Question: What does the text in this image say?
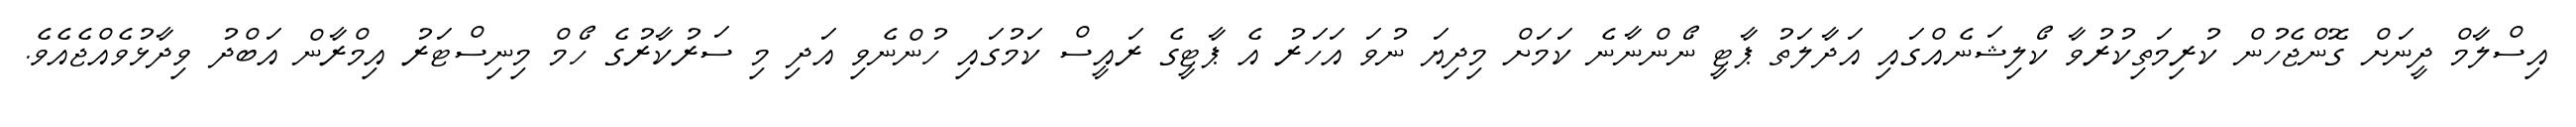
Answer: އިސްލާމް ދީނަށް ގޮންޖެހުން ކުރިމަތިކުރުވާ ކޯލިޝަނެއްގައި އަދާލަތު ޕާޓީ ނޯންނާނެ ކަމަށް މިދިޔަ ނުވަ އަހަރު އެ ޕާޓީގެ ރައީސް ކަމުގައި ހުންނެވި އަދި މި ސަރުކާރުގެ ހޯމް މިނިސްޓަރު އިމްރާން އަބްދު ވިދާޅުވެއްޖެއެވެ.